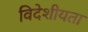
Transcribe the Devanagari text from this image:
विदेशीयता